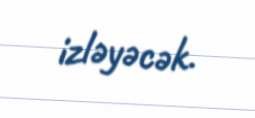
izləyəcək.